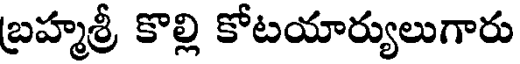
బ్రహ్మశ్రీ కొల్లి కోటయార్యులుగారు